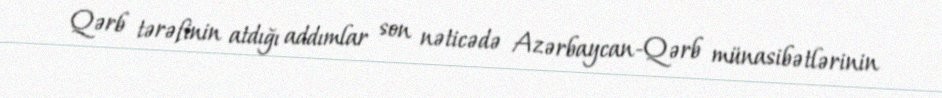
Qərb tərəfinin atdığı addımlar son nəticədə Azərbaycan-Qərb münasibətlərinin